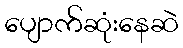
ပျောက်ဆုံးနေဆဲ